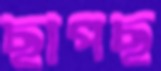
ছাপছ